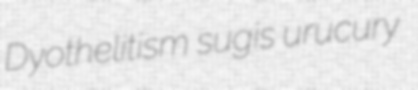
Dyothelitism sugis urucury